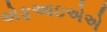
એફઆઇએએ